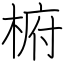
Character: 椨